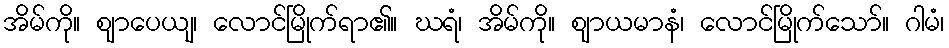
အိမ်ကို။ ဈာပေယျ၊ လောင်မြိုက်ရာ၏။ ဃရံ၊ အိမ်ကို။ ဈာယမာနံ၊ လောင်မြိုက်သော်။ ဂါမံ၊